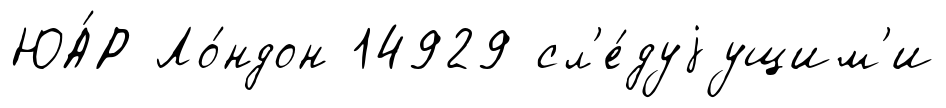
ЮА́Р Ло́ндон 14929 сл'е́дуjущим'и